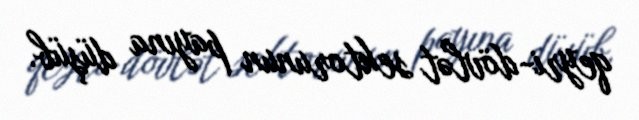
qeyri-dövlət sektorunun payına düşüb.